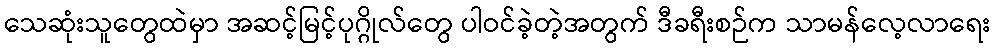
သေဆုံးသူတွေထဲမှာ အဆင့်မြင့်ပုဂ္ဂိုလ်တွေ ပါဝင်ခဲ့တဲ့အတွက် ဒီခရီးစဉ်က သာမန်လေ့လာရေး